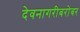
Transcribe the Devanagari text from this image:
देवनागरीबरोबर